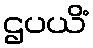
ဌပယိံ